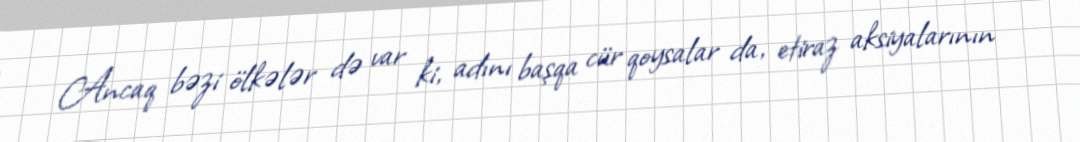
Ancaq bəzi ölkələr də var ki, adını başqa cür qoysalar da, etiraz aksiyalarının